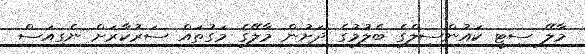
މާލޭ ސިޓީ ކައުންސިލްގެ ބެލުމުގެ ދަށުން މާލޭގެ މަގުތައް ސަރުކާރަށް ނެގިއަސް